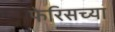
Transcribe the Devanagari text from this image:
फेरिसच्या